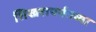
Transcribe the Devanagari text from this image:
शिखरापर्यंतच्या